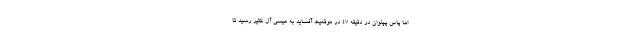
اما پاس پهلوان در دقیقه ۴۷ در موقعیت آفساید به عیسی آل کثیر رسید تا